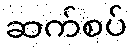
ဆက်စပ်